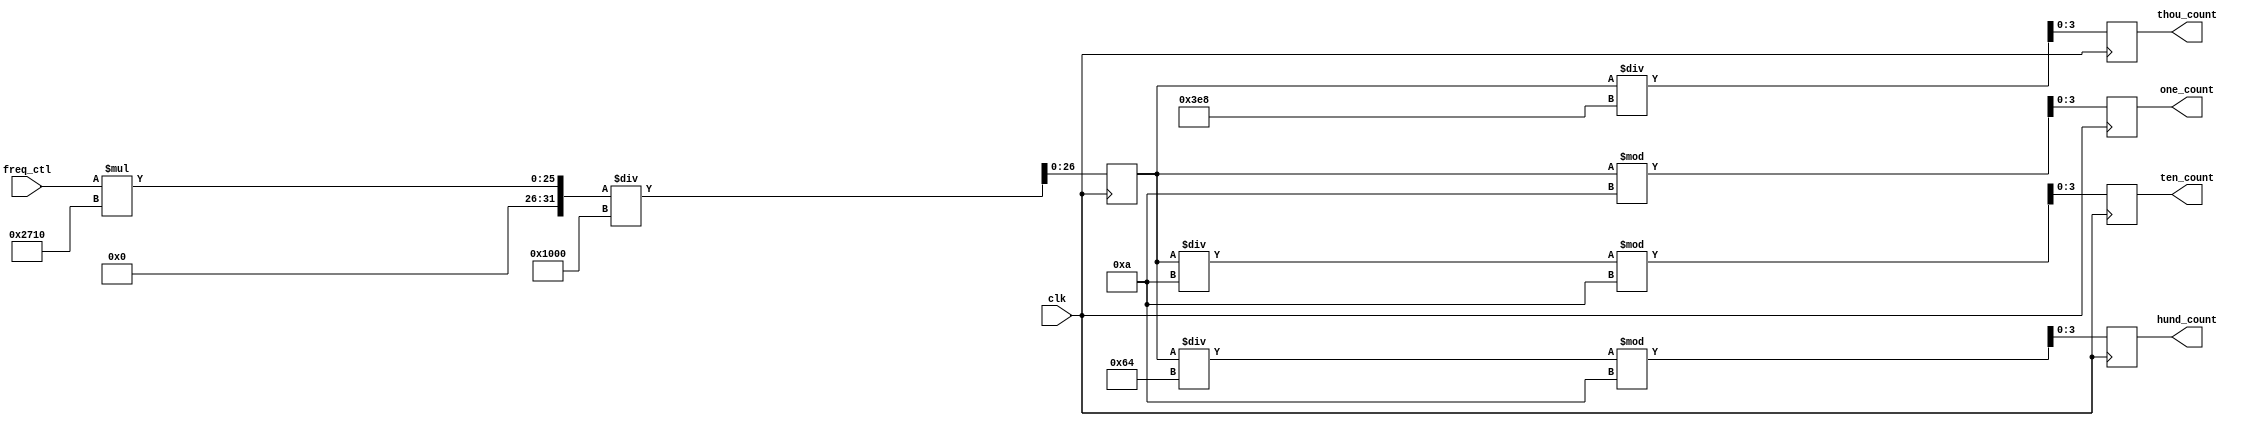
`timescale 1ns / 1ps
//////////////////////////////////////////////////////////////////////////////////
// Company: 
// Engineer: 
// 
// Design Name: 
// Module Name: theory_freq
// Project Name: 
// Target Devices: 
// Tool Versions: 
// Description: 
// 
// Dependencies: 
// 
// Revision:
// Revision 0.01 - File Created
// Additional Comments:
// 
//////////////////////////////////////////////////////////////////////////////////


module theory_freq(
    input clk,
    input[11:0] freq_ctl,
    output reg[3:0] thou_count,
    output reg[3:0] hund_count,
    output reg[3:0] ten_count,
    output reg[3:0] one_count
    );
    reg[26:0] theo_freq;

    always@(posedge clk)
    begin
        theo_freq <= freq_ctl * 10000 / 4096;
        one_count <= theo_freq % 10;
        ten_count <= theo_freq / 10 % 10;
        hund_count <= theo_freq / 100 % 10;
        thou_count <= theo_freq / 1000;
    end
endmodule